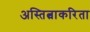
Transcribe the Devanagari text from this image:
अस्तित्वाकरिता